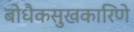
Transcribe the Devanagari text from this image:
बोधैकसुखकारिणे